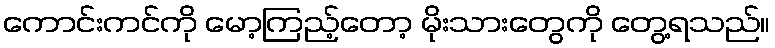
ကောင်းကင်ကို မော့ကြည့်တော့ မိုးသားတွေကို တွေ့ရသည်။